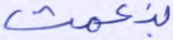
بنعمت